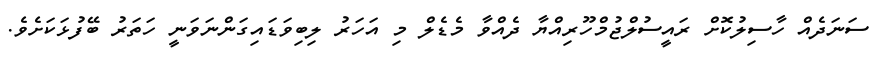
ސަނަދެއް ހާސިލުކޮށް ރައީސުލްޖުމްހޫރިއްޔާ ދެއްވާ މެޑެލް މި އަހަރު ލިބިވަޑައިގަންނަވަނީ ހަތަރު ބޭފުޅަކަށެވެ.